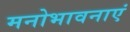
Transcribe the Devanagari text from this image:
मनोभावनाएं